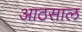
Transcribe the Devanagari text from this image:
आठसाल